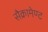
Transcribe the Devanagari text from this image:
सैक्रामेण्ट